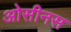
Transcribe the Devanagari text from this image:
ओसीनस